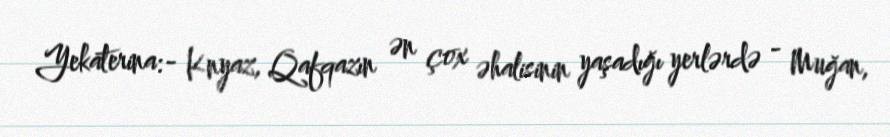
Yekaterina:- Knyaz, Qafqazın ən çox əhalisinin yaşadığı yerlərdə - Muğan,